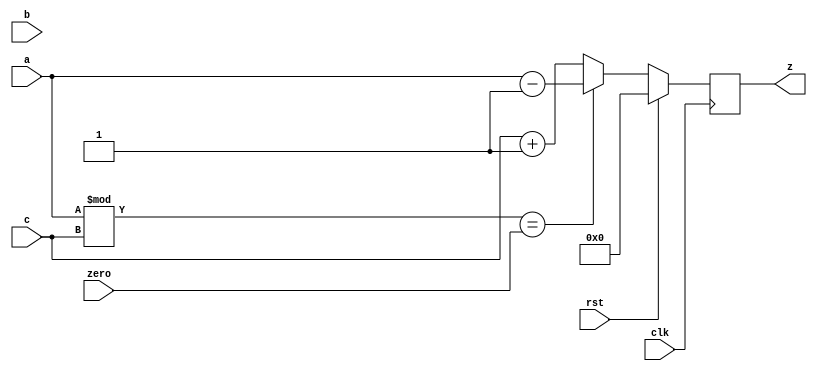
`timescale 1ns/1ns

module circuit6_behav(a,b,c,zero,z,clk,rst);
    
    input             clk, rst;
    input      [63:0] a, b, c, zero;
    output reg [63:0] z;
    wire       [63:0] e, f, g, zwire;
    wire              gEQz;
    
    assign e = a - 1;
    assign f = c + 1;
    assign g = a % c;
    assign gEQz = g == zero;
    assign zwire = gEQz ? e : f;
    always @(posedge clk) z = rst ? 0 : zwire;
    
endmodule